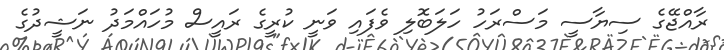
ރާއްޖޭގެ ސިޔާސީ މަސްރަހު ހަލަބޮލި ވެފައި ވަނީ ކުރީގެ ރައީސް މުހައްމަދު ނަޝީދުގެ